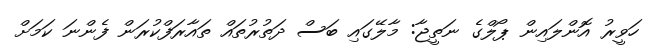
ހަވީރު އޮންލައިން ޕޯލްގެ ނަތީޖާ: މާލޭގައި ބަސް ދަތުރުތައް ތައާރަފްކުރަން ފެންނަ ކަމަށް